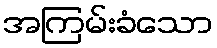
အကြမ်းခံသော